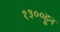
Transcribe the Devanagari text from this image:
१३००हून